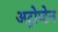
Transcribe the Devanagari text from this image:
अट्रोप्टेन